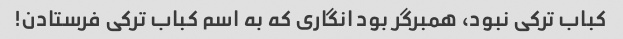
کباب ترکی نبود، همبرگر بود انگاری که به اسم کباب ترکی فرستادن!